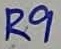
Text: R9